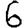
Digit: 6